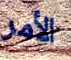
الأمر